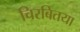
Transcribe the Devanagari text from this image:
चिरबितया